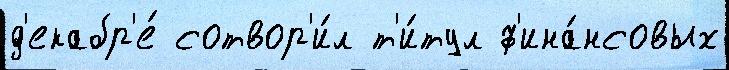
д'екабр'е́ сотвор'и́л т'и́тул ф'ина́нсовых